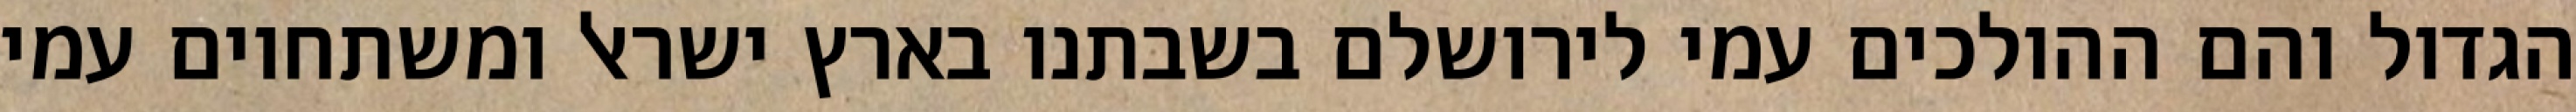
הגדול והם ההולכים עמי לירושלם בשבתנו בארץ ישראל ומשתחוים עמי